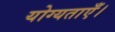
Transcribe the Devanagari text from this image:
योग्यताएँ।